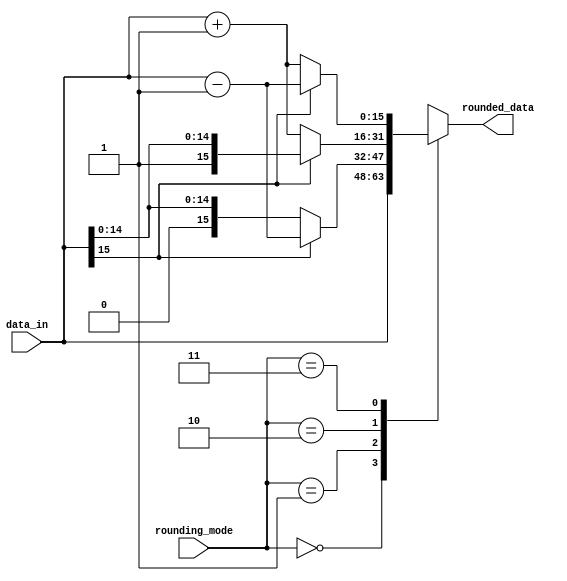
module fixed_point_rounding_unit (
    input [15:0] data_in,
    input [1:0] rounding_mode,
    output reg [15:0] rounded_data
);

always @(*) begin
    case(rounding_mode)
        2'b00: rounded_data = data_in; // No rounding
        2'b01: begin // Round down
            if(data_in[15]) // Check if negative
                rounded_data = data_in - 1;
            else
                rounded_data = data_in;
        end
        2'b10: begin // Round up
            if(data_in[15]) // Check if negative
                rounded_data = data_in;
            else
                rounded_data = data_in + 1;
        end
        2'b11: begin // Round to nearest
            if(data_in[15]) // Check if negative
                rounded_data = data_in - 1;
            else
                rounded_data = data_in + 1;
        end
    endcase
end

endmodule